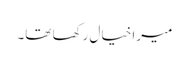
میرا خیال رکھا تھا۔